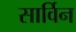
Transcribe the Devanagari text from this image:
सार्विन